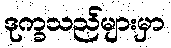
ဒုက္ခသည်များမှာ